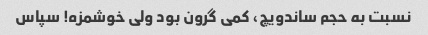
نسبت به حجم ساندویچ، کمی گرون بود ولی خوشمزه! سپاس